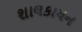
શાલકાયન